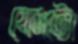
ফোটো